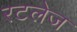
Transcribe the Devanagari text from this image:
रटलेज